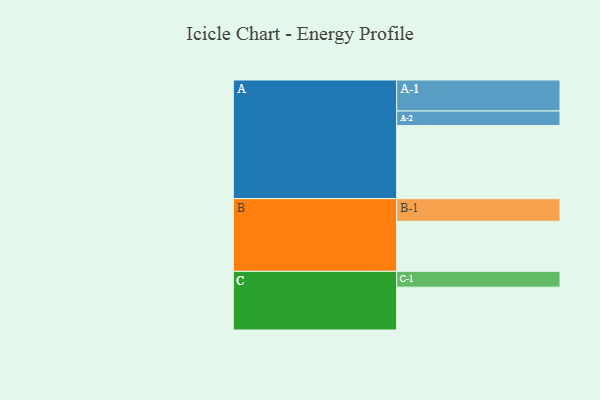
{"axis": {"x": "Segment", "y": "Value"}, "legend": ["", "A", "B", "C"], "data": [{"x": "A", "y": 563, "type": ""}, {"x": "B", "y": 385, "type": ""}, {"x": "C", "y": 330, "type": ""}, {"x": "A-1", "y": 239, "type": "A"}, {"x": "A-2", "y": 112, "type": "A"}, {"x": "B-1", "y": 175, "type": "B"}, {"x": "C-1", "y": 122, "type": "C"}]}